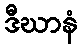
ဒီဃာနံ